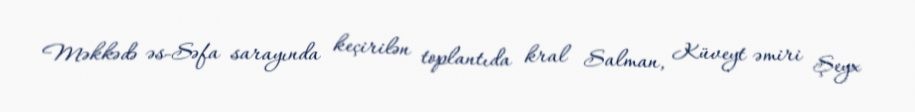
Məkkədə əs-Səfa sarayında keçirilən toplantıda kral Salman, Küveyt əmiri Şeyx